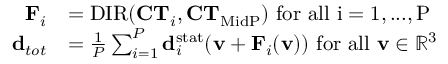
\begin{array} { r l } { \mathbf { F } _ { i } } & { = \mathrm { D I R } ( \mathbf { C T } _ { i } , \mathbf { C T } _ { \mathrm { M i d P } } ) \mathrm { ~ f o r ~ a l l ~ i = 1 , . . . , P ~ } } \\ { \mathbf { d } _ { t o t } } & { = \frac { 1 } { P } \sum _ { i = 1 } ^ { P } \mathbf { d } _ { i } ^ { \mathrm { s t a t } } ( \mathbf { v } + \mathbf { F } _ { i } ( \mathbf { v } ) ) \mathrm { ~ f o r ~ a l l ~ \mathbf { v } \in \mathbb { R } ^ 3 ~ } } \end{array}